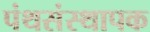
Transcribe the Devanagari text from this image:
पंथसंस्थापक